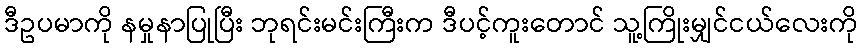
ဒီဥပမာကို နမှုနာပြုပြီး ဘုရင်းမင်းကြီးက ဒီပင့်ကူးတောင် သူ့ကြိုးမျှင်ငယ်လေးကို